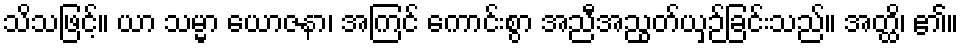
သိသဖြင့်။ ယာ သမ္မာ ယောဇနာ၊ အကြင် ကောင်းစွာ အညီအညွတ်ယှဉ်ခြင်းသည်။ အတ္ထိ၊ ၏။